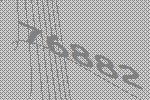
76882